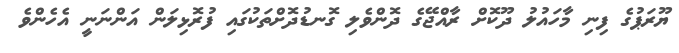
ޔޫރަޕުގެ ފިނި މާހައުލު ދޫކޮށް ރާއްޖޭގެ ދޮންވެލި ގޮނޑުދޮށްތަކުގައި ފުރޮޅިލަން އަންނަނީ އެހެންވެ